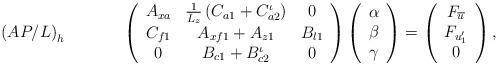
LaTeX: \begin{align*}\left(AP/L\right)_h~~~~~~~~~~\left(\begin{array}{ccc}A_{xa} & \frac{1}{L_z}\left(C_{a1}+C_{a2}^\iota\right) & 0 \\C_{f1} & A_{xf1}+A_{z1} & B_{l1} \\0 & B_{c1}+B_{c2}^\iota & 0\end{array}\right)\left(\begin{array}{c}\alpha \\\beta \\\gamma \end{array}\right)=\left(\begin{array}{c}F_{\overline{u}} \\F_{u_1^\prime} \\0\end{array}\right),\end{align*}